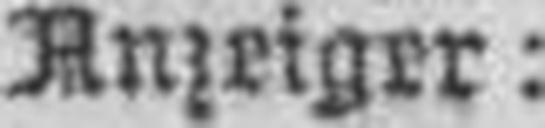
Anzeiger: